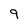
Character: 9